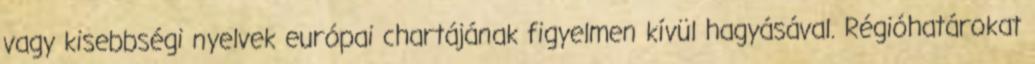
vagy kisebbségi nyelvek európai chartájának figyelmen kívül hagyásával. Régióhatárokat